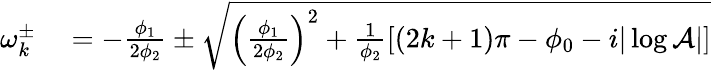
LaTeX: \begin{array}{rl}{\omega_{k}^{\pm}}&{{}=-\frac{\phi_{1}}{2\phi_{2}}\pm\sqrt{\left(\frac{\phi_{1}}{2\phi_{2}}\right)^{2}+\frac{1}{\phi_{2}}[(2k+1)\pi-\phi_{0}-i|\log\mathcal{A}|]}}\end{array}